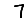
Digit: 7